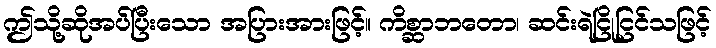
ဤသို့ဆိုအပ်ပြီးသော အပြားအားဖြင့်။ ကိစ္ဆာဘတော၊ ဆင်းရဲငြိုငြင်သဖြင့်